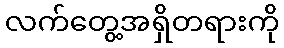
လက်တွေ့အရှိတရားကို